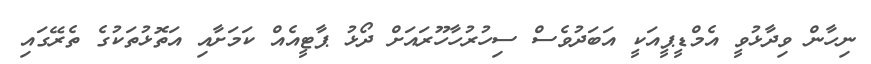
ނިހާން ވިދާޅުވީ އެމްޑީޕީއަކީ އަބަދުވެސް ސިހުރުހާހޫރައަށް ދޯޅު ޕާޓީއެއް ކަމަށާއި އަތޮޅުތަކުގެ ތެރޭގައި